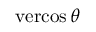
\operatorname { v e r c o s } \theta